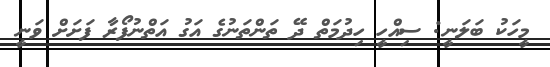
މީހަކު ބަލަނީ: ސިއްހީ ހިދުމަތް ދޭ ތަންތަނުގެ އަގު އަތްނުފޯރާ ފަށަށް ވަނީ